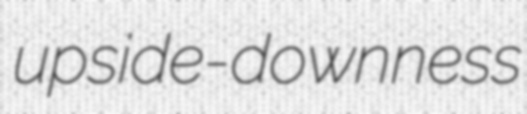
upside-downness